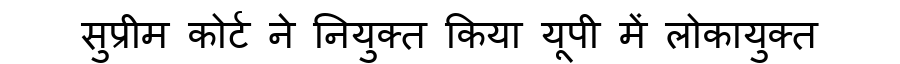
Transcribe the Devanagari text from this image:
सुप्रीम कोर्ट ने नियुक्त किया यूपी में लोकायुक्त